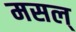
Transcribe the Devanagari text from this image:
मसल्‌